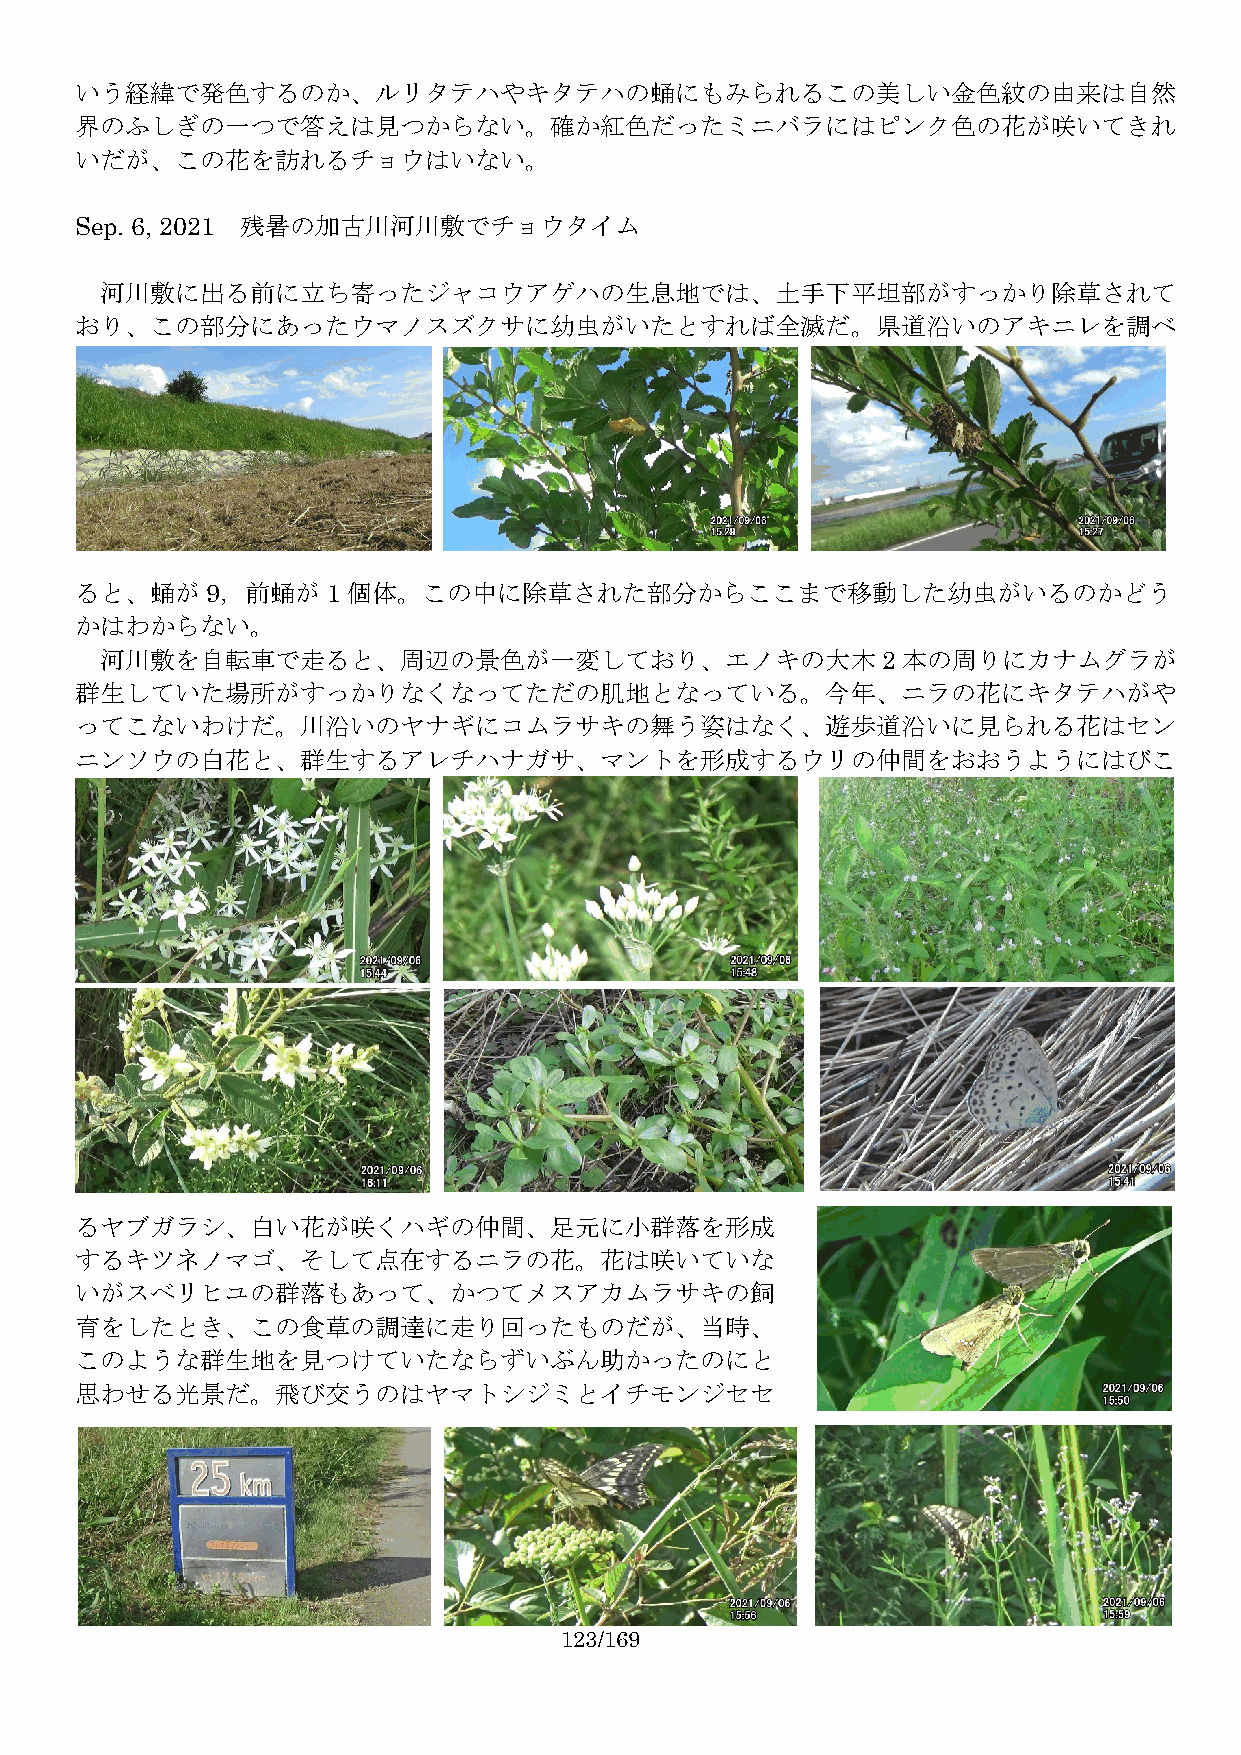
いう経緯で発色するのか、ルリタテハやキタテハの蛹にもみられるこの美しい金色紋の由来は自然
 界のふしぎの一つで答えは見つからない。確か紅色だったミニバラにはピンク色の花が咲いてきれ
 いだが、この花を訪れるチョウはいない。
 Sep. 6, 2021 残暑の加古川河川敷でチョウタイム
 河川敷に出る前に立ち寄ったジャコウアゲハの生息地では、土手下平坦部がすっかり除草されて
 おり、この部分にあったウマノスズクサに幼虫がいたとすれば全滅だ。県道沿いのアキニレを調べ
 ると、蛹が9，前蛹が1       個体。この中に除草された部分からここまで移動した幼虫がいるのかどう
 かはわからない。
 河川敷を自転車で走ると、周辺の景色が一変しており、エノキの大木2                     本の周りにカナムグラが
 群生していた場所がすっかりなくなってただの肌地となっている。今年、ニラの花にキタテハがや
 ってこないわけだ。川沿いのヤナギにコムラサキの舞う姿はなく、遊歩道沿いに見られる花はセン
 ニンソウの白花と、群生するアレチハナガサ、マントを形成するウリの仲間をおおうようにはびこ
 るヤブガラシ、白い花が咲くハギの仲間、足元に小群落を形成
 するキツネノマゴ、そして点在するニラの花。花は咲いていな
 いがスベリヒユの群落もあって、かつてメスアカムラサキの飼
 育をしたとき、この食草の調達に走り回ったものだが、当時、
 このような群生地を見つけていたならずいぶん助かったのにと
 思わせる光景だ。飛び交うのはヤマトシジミとイチモンジセセ
 123/169